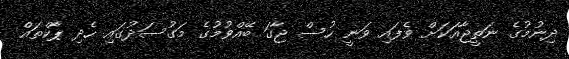
ދިނުމުގެ ނަތީޖާއަކަށް ވެފައި ވަނީ ހުސް ޖާގަ ބޭއްވުމުގެ މަގުސަދުގައި ހެދި ޕާކްތައް